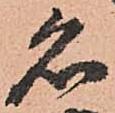
名